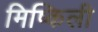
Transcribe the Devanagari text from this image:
मिष्किली